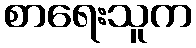
စာရေးသူက